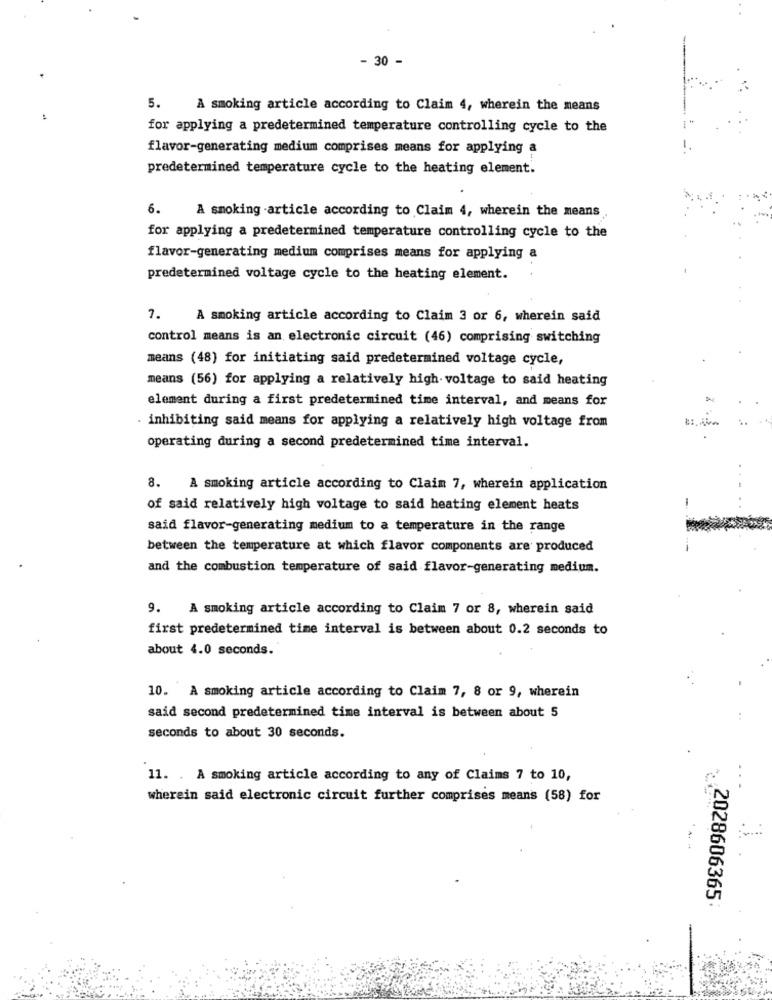
- 30 -
5.
A smoking article according to Claim 4, wherein the means
for applying a predetermined temperature controlling cycle to the
flavor-generating medium comprises means for applying a
predetermined temperature cycle to the heating element.
6.
A smoking -article according to Claim 4, wherein the means
for applying a predetermined temperature controlling cycle to the
flavor-generating medium comprises means for applying a
predetermined voltage cycle to the heating element.
1.
A smoking article according to Claim 3 or 6, wherein said
control means is an electronic circuit (46) comprising switching
means (48) for initiating said predetermined voltage cycle,
means (56) for applying a relatively high voltage to said heating
element during a first predetermined time interval, and means for
. inhibiting said means for applying a relatively high voltage from
operating during a second predetermined time interval.
8.
A smoking article according to Claim 7, wherein application
of said relatively high voltage to said heating element heats
said flavor-generating medium to a temperature in the range
between the temperature at which flavor components are produced
and the combustion temperature of said flavor-generating medium.
9. A smoking article according to Claim 7 or 8, wherein said
first predetermined time interval is between about 0.2 seconds to
about 4.0 seconds.
10. A smoking article according to Claim 7, 8 or 9, wherein
said second predetermined time interval is between about 5
seconds to about 30 seconds.
11. . A smoking article according to any of Claims 7 to 10,
..
wherein said electronic circuit further comprises means (58) for
2028606365